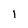
Character: 1